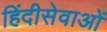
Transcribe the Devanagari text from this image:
हिंदीसेवाओं